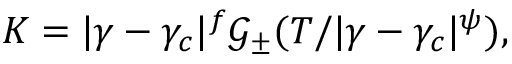
K = | \gamma - \gamma _ { c } | ^ { f } \mathcal { G } _ { \pm } ( T / | \gamma - \gamma _ { c } | ^ { \psi } ) ,